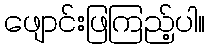
ဖျောင်းဖြကြည့်ပါ။